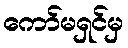
ကော်မရှင်မှ